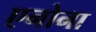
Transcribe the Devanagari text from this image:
एनोना